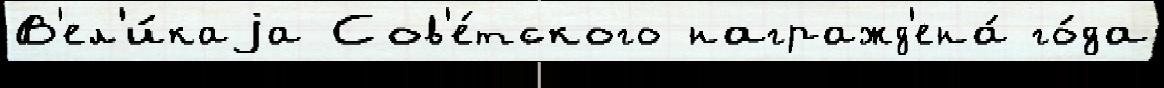
В'ел'и́каjа Сов'е́тского награжд'ена́ го́да